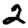
Digit: 2